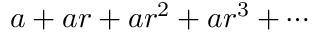
a + a r + a r ^ { 2 } + a r ^ { 3 } + \cdots